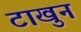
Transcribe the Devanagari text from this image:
टाखुन